Punjab Mental Hospital Lahore 1922-31 - 1922-1931
Year: 1922
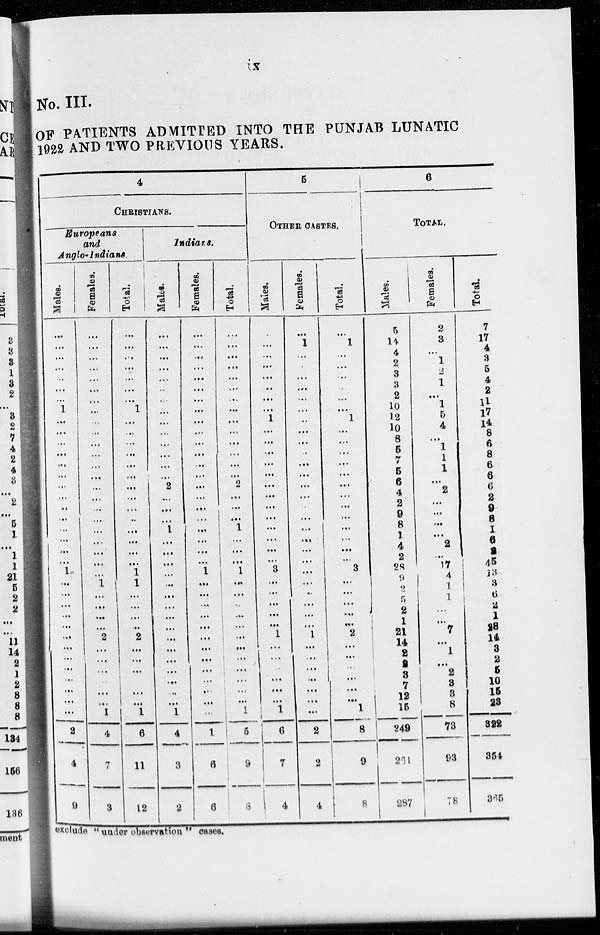
ix
No. III.
OF PATIENTS ADMITTED INTO THE PUNJAB LUNATIC
1992 AND TWO PREVIOUS YEARS.
4
CHRISTIANS.
Europeans
and
Anglo-Indians.
Males.
...
...
...
...
...
...
...
1
...
...
...
...
...
...
...
...
..
...
...
...
...
...
1
...
...
...
...
...
...
...
...
...
...
...
...
...
2
4
9
Females.
...
...
...
...
...
...
...
...
...
...
...
...
...
...
...
...
...
...
...
...
...
...
...
1
...
...
...
...
2
...
...
...
...
...
...
1
4
7
3
Total.
... ...
...
...
...
...
...
1
...
...
...
...
...
...
...
...
...
..
...
...
...
...
1
1
...
...
...
...
2
...
...
...
...
...
1
6
11
12
Indians.
Males.
...
...
...
...
...
...
...
...
...
...
...
...
...
...
2
...
...
...
1
...
...
...
...
...
...
...
...
...
...
...
...
...
...
...
...
1
4
3
2
Females.
...
...
...
...
...
...
...
...
...
...
...
...
...
...
...
...
...
...
...
...
...
...
1
...
...
...
...
...
...
...
...
...
...
..
...
...
1
6
6
Total.
...
...
...
...
...
...
...
...
...
...
...
...
...
...
2
...
...
...
1
...
...
...
1
...
...
...
...
...
...
...
...
...
...
...
...
1
5
9
8
5
OTHER CASTES.
Males.
...
...
...
...
...
...
...
...
1
...
...
...
...
...
...
...
...
...
...
...
...
...
3
...
...
...
...
...
1
...
...
...
...
...
...
1
6
7
4
Females.
...
1
...
...
...
...
...
...
..
...
...
.
...
...
...
...
.
...
...
...
...
...
...
...
..
...
...
...
1
...
...
...
...
...
...
...
2
2
4
Total.
...
1
...
...
...
...
...
...
1
...
...
...
...
...
...
...
...
...
...
...
...
...
3
...
...
...
...
...
2
...
...
...
...
...
...
1
8
9
8
6
TOTAL.
Males.
5
14
4
2
3
3
2
10
12
10
8
5
7
5
6
4
2
9
8
1
4
2
28
9
2
5
2
1
21
14
2
8
3
7
12
15
249
261
287
Females.
2
3
...
1
2
1
...
1
5
4
...
1
1
1
...
2
...
...
...
...
2
...
17
4
1
1
...
...
7
...
1
...
2
3
3
8
73
93
78
Total.
7
17
4
3
5
4
2
11
17
14
8
6
8
6
6
6
2
9
8
1
6
2
45
13
3
6
2
1
28
14
3
2
5
10
15
23
322
354
365
exclude "under observation " cases.